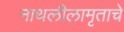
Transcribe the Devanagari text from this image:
नाथलीलामृताचे